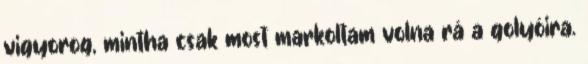
vigyorog, mintha csak most markoltam volna rá a golyóira.